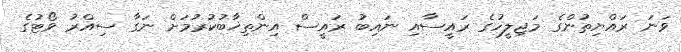
ވަނަ ރައްޔިތުންގެ މަޖިލީހުގެ ރައީސާއި ނައިބު ރައީސް އިންތިޚަާބުކުރުމަށް ނަގާ ސިއްރު ވޯޓުގެ